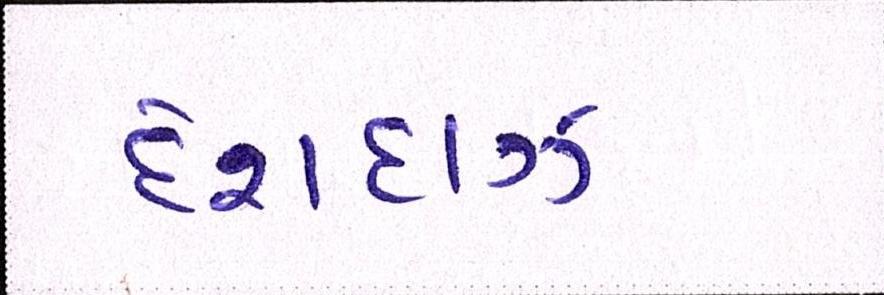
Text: દેશદાઝ